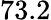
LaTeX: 73.2